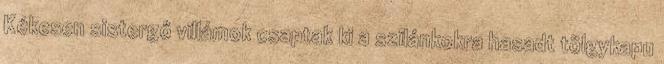
Kékesen sistergő villámok csaptak ki a szilánkokra hasadt tölgykapu